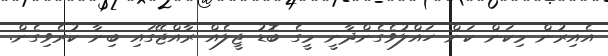
އެއިރުން މިކަން ކަން ހައްލުވެގެންދާނީ މީގެ ބޮޑު ޖީލެއް ރާއްޖޭގައި ބިނާ ކުރެވިގެން.